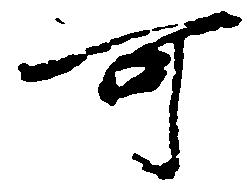
可